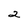
Character: 2